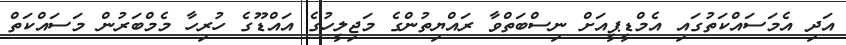
އަދި އެމަސައްކަތުގައި އެމްޑީޕީއަށް ނިސްބަތްވާ ރައްޔިތުންގެ މަޖިލީހުގެ އައްޑޫގެ ހުރިހާ މެމްބަރުން މަސައްކަތް